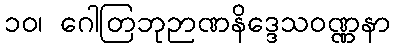
၁၀၊ ဂေါတြဘုဉာဏနိဒ္ဒေသဝဏ္ဏနာ